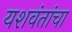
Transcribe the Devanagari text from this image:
यशवंतांचा